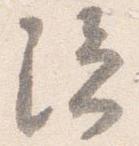
隠